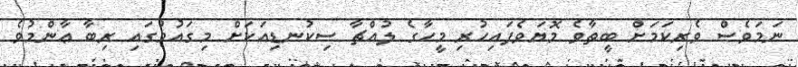
ނަމަވެސް ވެރިކަމަށް ބީތާވެ މޮޔަވެފައިހުރި މީހާގެ ލުއްޗާ ސިކުނޑިއަކަށް މިގައުމުގައި ރިބާ ޢާންމުވެ